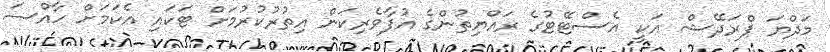
މަދްޔަ ޕްރަދޭޝް އަކީ އެސްޓޭޓުގެ ރައްޔިތުންގެ އުފާވެރިކަން އިތުރުކުރުމަށް ޓަކައި އެކަމަށް ހާއްސަ